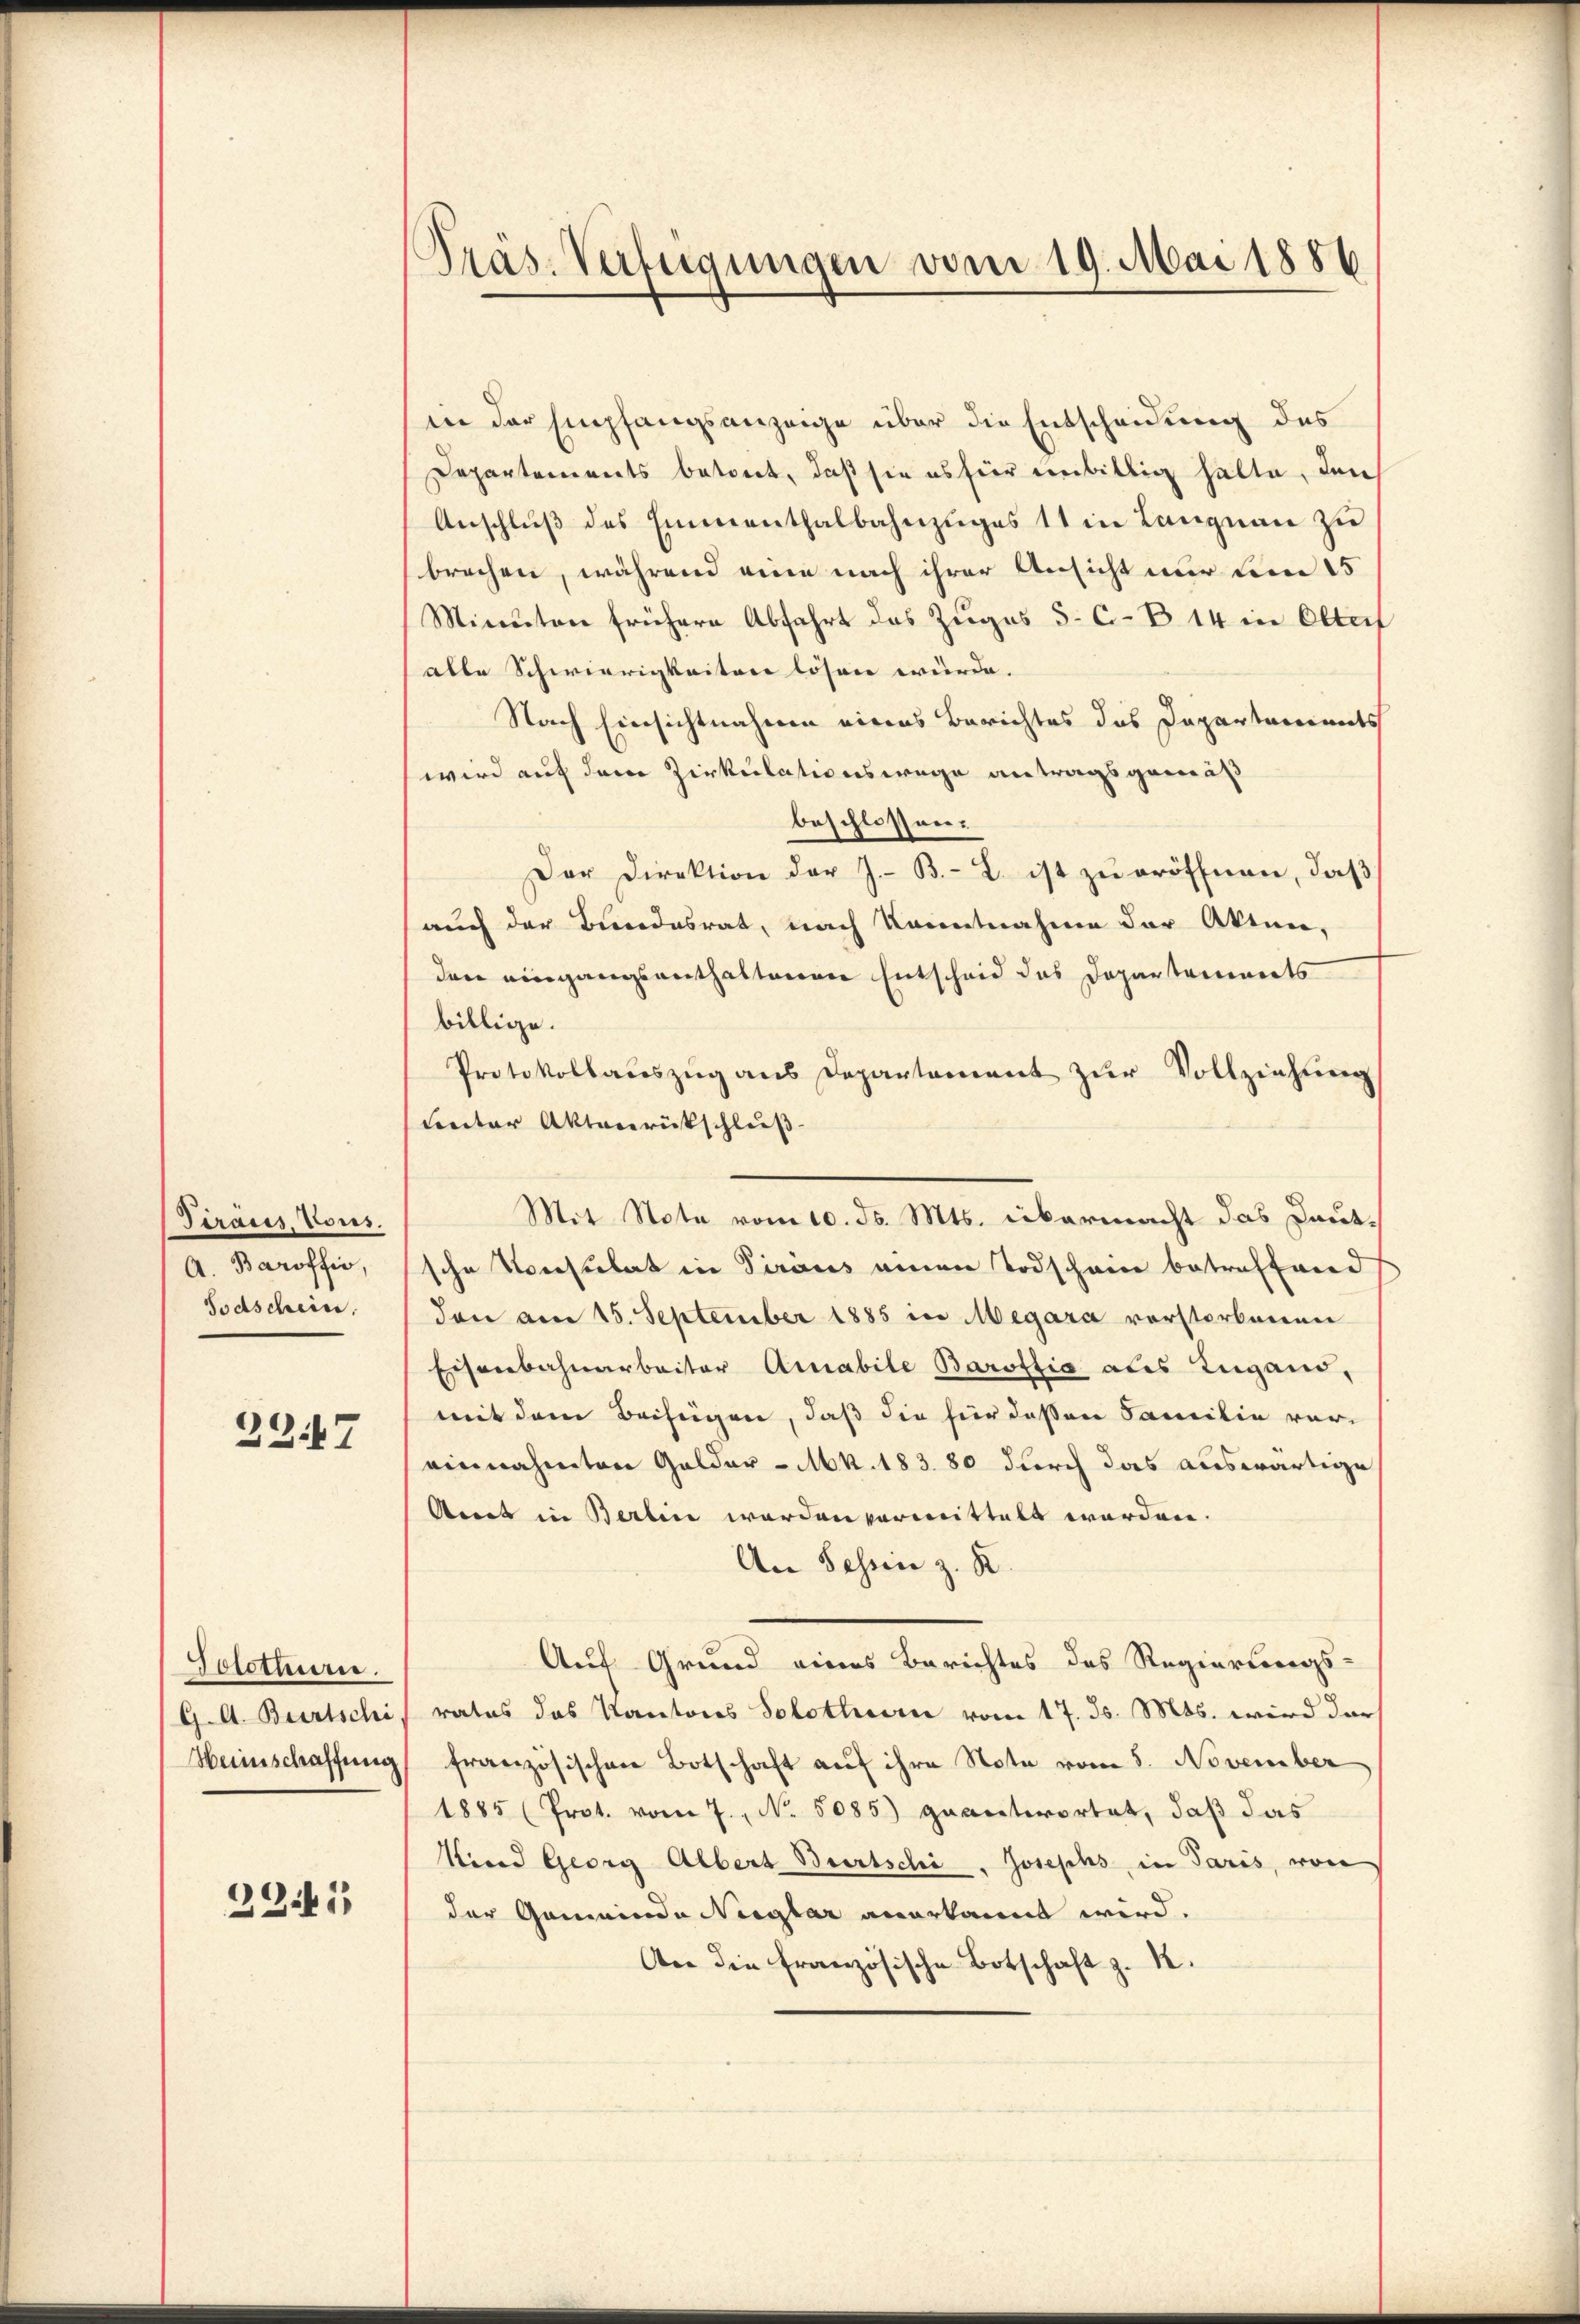
Firaus, Vous.
A. Baroffir,
Todschein.

2347

Dorothurn.
G. A. Bertschi
Heinschaffung

22441

Präs. Verfügungen vom 19. Mai 1886

in der Empfangsanzeige über die Entscheidung des
Departements betont, daß sie es für unbillig hatte, den
Anschluß des Emmenthalbahnzuges 11 in Langnau zu
brechen, während eine nach ihrer Ansicht nur dem 15
Minuten frühere Abfahrt des Zuges 5. C. B. 14 in Olters
alle Schwierigkeiten lösen würde.
Nach Einsichtnahmen eines Berichtes das Departaments
wird auf dem Zirkulationswege antragsgemäß
beschlossen.
Der Direktion der J. B. L. ist zu eröffnen, daß
auch der Bundesrat, nach Kenntnahme der Akten,
den eingangsanthaltenen Entscheid das Departements
billige.
Protokollaŭszŭg aŭs Departement zŭr Vollziehŭng
Lnter Aktenrückschluß
sche Konsulat in Tiraus einen Todscheine betreffend
don am 15. September 1885 in Megara vorsterbenen
Eisenbahnarbeiter Arabile Barottia als Zugano,
mit dem Beifügen, daß die hier deßen Familie vereinnahmten Gelder - Mk. 183. 80 durch das auswärtige
Anet in Berlin werden vormittelt worden.
An Tessin z. R.
Auf Grund eines Berichtes des Regierungs-
rates das Kantons Solothur vom 17. Js. Mts. wird darf
französischen Botschaft auf ihre Note vom 5. November
1885 (Prot. vom 7. No. 5085) geantwortet, daß das
Kind Georg Albert Bertschi, Josephs in Paris, von
der Gemeinde Neiglar anerkannt wird.
An die französische Botschaft z. R.

Mit Note vom 10. ds. Mts. übermacht das Deut¬